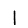
Digit: 1